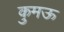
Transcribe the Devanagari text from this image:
कुमऊ